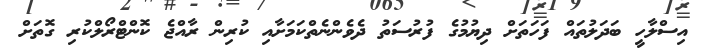
އިސްލާހީ ބަދަލުތައް ފަހަތަށް ދިޔުމުގެ ފުރުސަތު ދެވެންނެތްކަމަށާއި ކުރިން ރާއްޖެ ކޮންޓްރޯލްކުރި ގޮތަށް